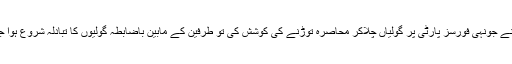
اطلاعات کے مطابق چھپے جنگجوئوں نے جونہی فورسز پارٹی پر گولیاں چلاکر محاصرہ توڑنے کی کوشش کی تو طرفین کے مابین باضابطہ گولیوں کا تبادلہ شروع ہوا جو آخری اطلاعات ملنے تک جاری تھا ۔